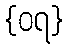
{၀၇}